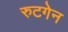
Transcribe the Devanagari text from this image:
रुटगेन